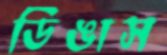
ডিঙাস